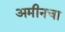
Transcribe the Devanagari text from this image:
अमीनचा